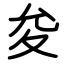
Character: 夋